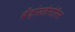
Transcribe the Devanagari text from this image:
बेंज़ोयलेगोनिन